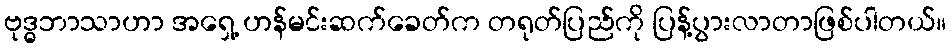
ဗုဒ္ဓဘာသာဟာ အရှေ့ ဟန်မင်းဆက်ခေတ်က တရုတ်ပြည်ကို ပြန့်ပွားလာတာဖြစ်ပါတယ်။